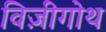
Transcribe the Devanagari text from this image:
विज़ीगोथ